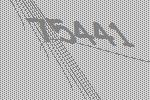
75441